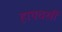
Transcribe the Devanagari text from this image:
हाथचर्खी